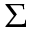
\Sigma